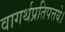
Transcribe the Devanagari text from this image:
वागर्थप्रतिपत्तये।